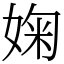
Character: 婅